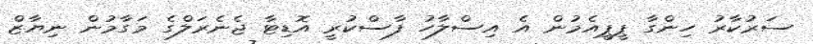
ސަރުކާރު ހިންގާ ޕީޕީއެމުން އެ އިސްލާހު ފާސްކުރީ އޮޑިޓާ ޖެނެރަލްގެ މަގާމުން ނިޔާޒް